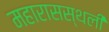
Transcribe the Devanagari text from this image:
महारासस्थली